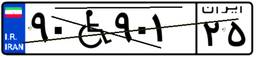
۰۸W۸۷۲۸۰